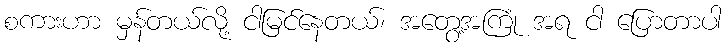
စကားဟာ မှန်တယ်လို့ ငါမြင်နေတယ်၊ အတွေ့အကြုံ အရ ငါ ပြောတာပါ